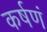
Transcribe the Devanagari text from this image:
कर्षणं